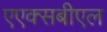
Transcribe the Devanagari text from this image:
एएक्सबीएल